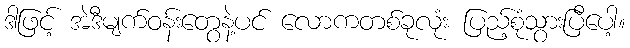
ဒါဖြင့် အဲဒီမျက်ဝန်းတွေနဲ့ပင် လောကတစ်ခုလုံး ပြည့်စုံသွားပြီပေါ့။